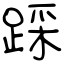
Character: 踩